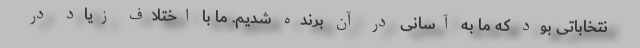
نتخاباتی بود که ما به آسانی در آن برنده شدیم. ما با اختلاف زیاد در